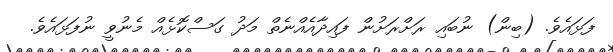
ފަޅައެވެ. (ބިން) ނުބައި ރަށްރަށުން ފައިދާއެއްނެތް މަދު ގަސްކޮޅެއް މެނުވީ ނުފަޅައެވެ.